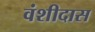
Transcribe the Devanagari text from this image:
वंशीदास